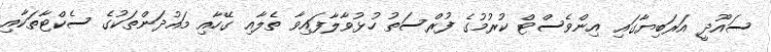
ސައޫދީ އަރަބިޔާގައި އިންވެސްޓް ކުރުމުގެ ފުރްސަތު ހުޅުވާލާފައިވާ ތެލާއި ގޭހާއި މައުދަންތަކުގެ ސެކްޓާތަކާއި